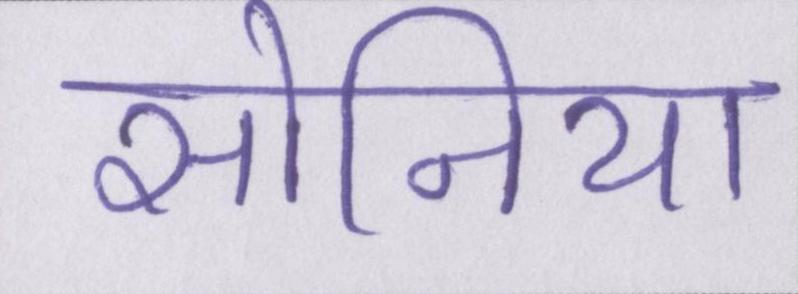
सोनिया